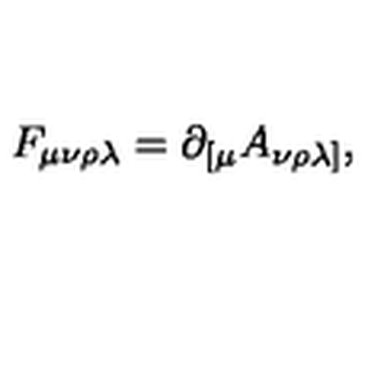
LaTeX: F _ { \mu \nu \rho \lambda } = \partial _ { [ \mu } A _ { \nu \rho \lambda ] } ,